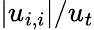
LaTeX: |u_{i,i}|/u_{t}